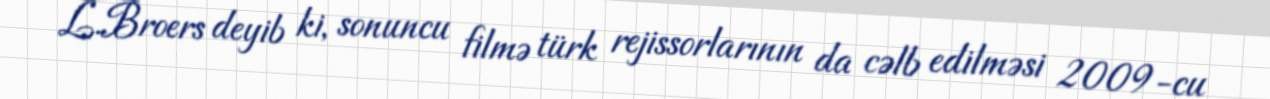
L.Broers deyib ki, sonuncu filmə türk rejissorlarının da cəlb edilməsi 2009-cu